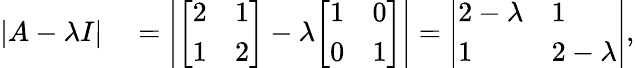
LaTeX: \begin{array}{rl}{|A-\lambda I|}&{{}=\left|{\left[\begin{array}{ll}{2}&{1}\\ {1}&{2}\end{array}\right]}-\lambda{\left[\begin{array}{ll}{1}&{0}\\ {0}&{1}\end{array}\right]}\right|={\left|\begin{array}{ll}{2-\lambda}&{1}\\ {1}&{2-\lambda}\end{array}\right|},}\end{array}